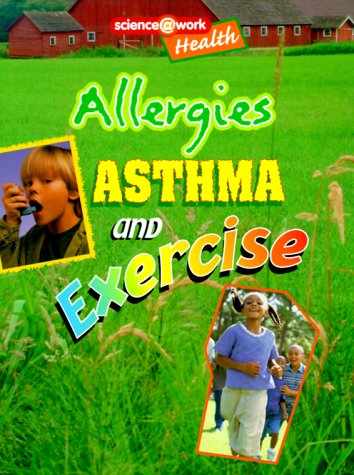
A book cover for Health: Allergies, Asthma, and Exercise (Science @ Work); Celeste Peters; Health, Fitness & Dieting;